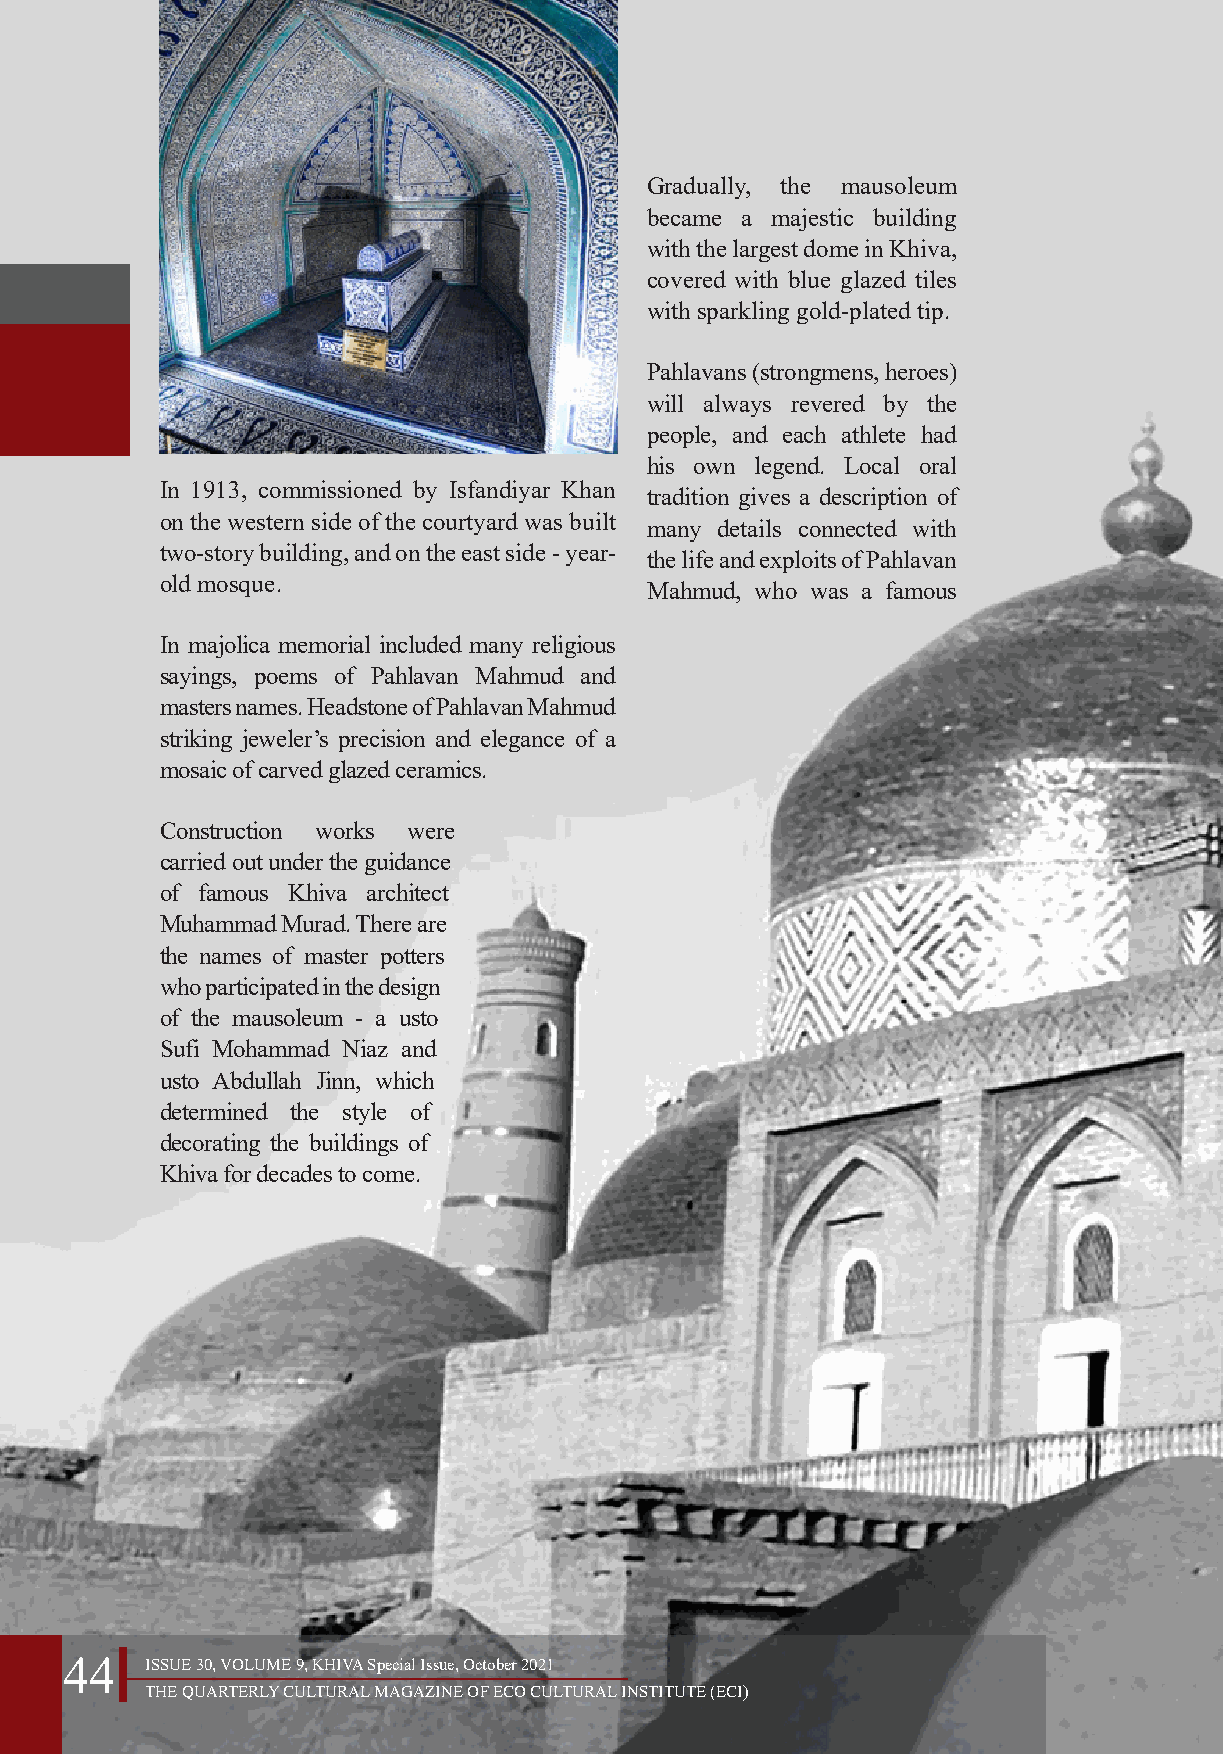
Gradually, the mausoleum
 became a majestic building
 with the largest dome in Khiva,
 covered with blue glazed tiles
 with sparkling gold-plated tip.
 Pahlavans (strongmens, heroes)
 will always revered by the
 people, and each athlete had
 his own legend. Local oral
 In 1913, commissioned by Isfandiyar Khan
 tradition gives a description of
 on the western side of the courtyard was built
 many details connected with
 two-story building, and on the east side - year-
 the life and exploits of Pahlavan
 old mosque.
 Mahmud, who was a famous
 In majolica memorial included many religious
 sayings, poems of Pahlavan Mahmud and
 masters names. Headstone of Pahlavan Mahmud
 striking jeweler’s precision and elegance of a
 mosaic of carved glazed ceramics.
 Construction works were
 carried out under the guidance
 of famous Khiva architect
 Muhammad Murad. There are
 the names of master potters
 who participated in the design
 of the mausoleum - a usto
 Sufi Mohammad Niaz and
 usto Abdullah Jinn, which
 determined the style of
 decorating the buildings of
 Khiva for decades to come.
 44    ISSUE 30, VOLUME 9, KHIVA Special Issue, October 2021
 THE QUARTERLY CULTURAL MAGAZINE OF ECO CULTURAL INSTITUTE (ECI)